system: You are a helpful assistant.
user:
Analyze the provided spectrum to determine if it is a **White Dwarf (WD)**.

A White Dwarf spectrum is defined by its **extreme purity** (due to gravitational settling) and/or **extreme pressure broadening** (due to high surface gravity). You must check for one of the following mutually exclusive signatures:

- **Key Visual Indicators (Check for ONE of these types):**

    - **1. DA-Type Signature (Most Common):**
        - **(Primary Feature):** Extreme pressure broadening (Stark broadening) of the **Hydrogen (H) Balmer lines**.
        - **(Key Lines):** $H\beta$ (approx. $4861$ Å) and $H\gamma$ (approx. $4340$ Å). $H\alpha$ (approx. $6563$ Å) will also be present if the wavelength range covers it.
        - **(Line Profile):** This is the **defining feature**. The lines are **NOT** sharp. They appear as massive, **extremely broad and deep "troughs" or "dips"** in the spectrum, often hundreds of Ångströms wide. The continuum will appear to "scoop" down at these wavelengths.
        - **(Distinction):** Normal A-type or B-type stars have *narrow* and *sharp* Hydrogen lines. A DA White Dwarf's lines are unmistakably "smeared" or "blurry" from pressure.

    - **2. DB-Type Signature:**
        - **(Primary Feature):** Broad absorption lines from **Neutral Helium (He I)**. The spectrum must lack any visible Hydrogen lines.
        - **(Key Lines):** Look for broad absorption near $4471$ Å, $4921$ Å, and $5876$ Å.
        - **(Line Profile):** These lines are also significantly pressure-broadened, appearing much wider than they would in a normal B-type main-sequence star.

    - **3. DC-Type Signature:**
        - **(Primary Feature):** A **featureless continuous spectrum**.
        - **(Line Profile):** The spectrum is a smooth curve with **no significant absorption or emission lines**.
        - **(Key Confirmation):** The continuum is almost always **blue or white**, indicating a hot object. This signature implies the atmosphere is so pure (or so cool) that no spectral lines are visible in the optical range. Its WD identity is confirmed by its extremely low intrinsic brightness (high absolute magnitude).

    - **4. DZ-Type Signature (Metal-Polluted):**
        - **(Primary Feature):** **Isolated, narrow metal absorption lines** on an otherwise featureless (DC-like) continuum.
        - **(Key Lines):** The **Calcium (Ca II) H & K doublet** (approx. **$3934$ Å** and **$3968$ Å**) is the most common and defining feature.
        - **(Line Profile):** These lines are "out of place." They are *not* part of a "forest" of thousands of lines. This signature is evidence of recent *accretion* (pollution) from rocky debris.
        - **(Distinction):** Normal G/K/M stars have a *dense forest* of thousands of metal lines. A DZ has a *clean* continuum with *only a few* strong metal lines.

    - **5. DQ-Type Signature (Carbon-Polluted):**
        - **(Primary Feature):** Absorption bands from **Carbon (C₂ "Swan Bands" or atomic C I)**.
        - **(Key Lines - C₂):** Look for bandheads with a "saw-tooth" shape near $5635$ Å, **$5165$ Å** (strongest), and $4737$ Å.
        - **(Key Confirmation):** The underlying **continuum must be blue or white** (hot).
        - **(Distinction):** This is the critical difference from a **Carbon Star**, which has the *exact same* C₂ bands but on an extremely **red, cool** continuum.

- **(Overall Spectrum):**
    - The continuum (overall shape) is typically **blue-sloping** (brighter in the blue than the red), as most white dwarfs are very hot.
    - The spectrum will look "pure" or "simple," dominated by only *one* of the five signatures listed above.

Think first, call **spectral_visualization_tool** if needed to examine features in detail, then provide your final answer. Your response must adhere to the following strict rules:
1.  **Overall Structure:** Your response must follow the format `<think>...</think> <tool_call>...</tool_call> (if a tool is used) <answer>...</answer>`.
2.  **Tool Usage Constraint:** You may only make **one** tool call per turn.
3.  **Final Answer Format:** In the `<answer>` tag, your conclusion must be inside a `\boxed{}` command (e.g., `\boxed{YES}` or `\boxed{NO}`), followed by your justification.

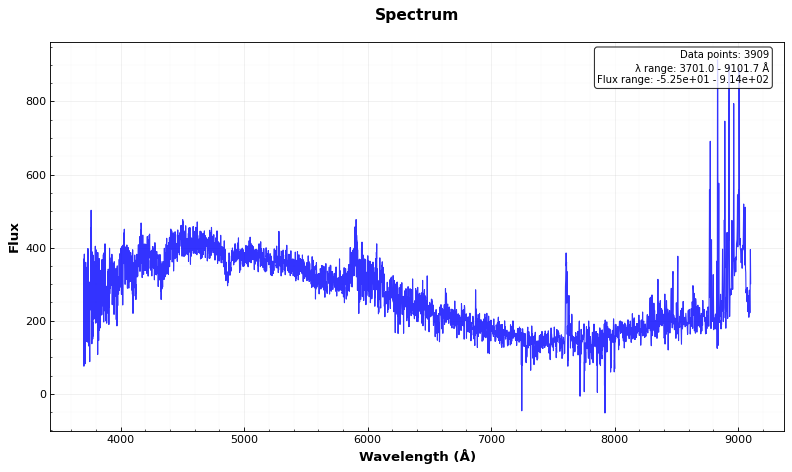
Answer: YES